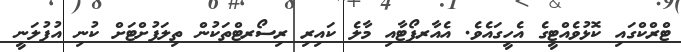
ޓްރްކްގައި ކޮޅުވެއްޓީގެ އެހީގައެވެ. އެއާރޕޯޓާއި މާލެ ކައިރި ރިސޯރޓްތަކުން ތިލަފުށްޓަށް ކުނި އުފުލަނީ